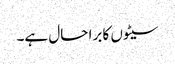
سیٹوں کا برا حال ہے۔